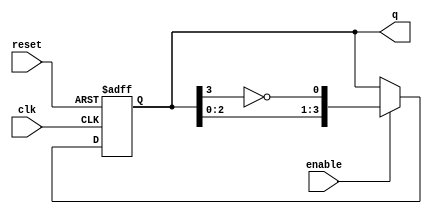
module johnson_counter (
    input wire clk,          // Clock input
    input wire enable,       // Enable signal
    input wire reset,        // Asynchronous reset signal
    output reg [3:0] q       // 4-bit output for the counter state
);

    // Asynchronous reset and counting logic
    always @(posedge clk or posedge reset) begin
        if (reset) begin
            q <= 4'b0000;    // Reset the counter to 0
        end else if (enable) begin
            // Johnson counter logic
            q <= {q[2:0], ~q[3]}; // Shift left and feed back inverted last bit
        end
    end

endmodule